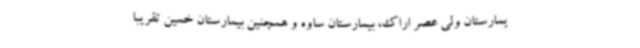
یمارستان ولی عصر اراک، بیمارستان ساوه و همچنین بیمارستان خمین تقریبا